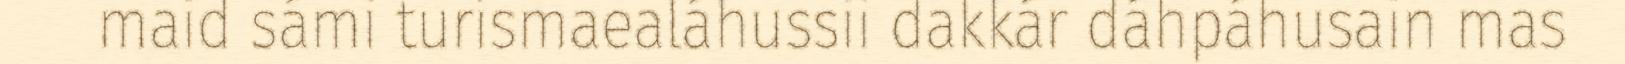
maid sámi turismaealáhussii dakkár dáhpáhusain mas